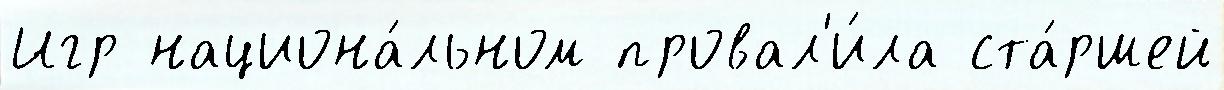
Игр национа́льном провал'и́ла ста́ршей